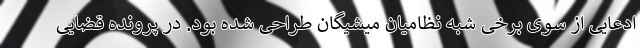
ادعایی از سوی برخی شبه نظامیان میشیگان طراحی شده بود. در پرونده قضایی